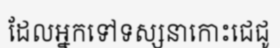
ដែលអ្នកទៅទស្សនាកោះជេជូ